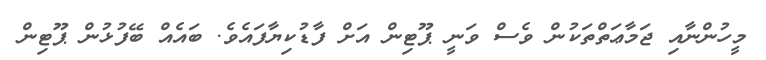
މީހުންނާއި ޖަމާޢަތްތަކުން ވެސް ވަނީ ޕޫޓިން އަށް ފާޑުކިޔާފައެވެ. ބައެއް ބޭފުޅުން ޕޫޓިން